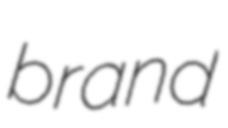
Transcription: brand